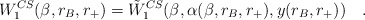
\begin{align*}W_1^{CS}(\beta,r_B,r_+)= \tilde{W}_1^{CS}(\beta,\alpha(\beta,r_B,r_+),y(r_B,r_+))~~~.\end{align*}